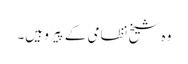
وہ شیخ نظامی کے پَیرَو ہیں۔